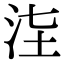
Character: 𣳊